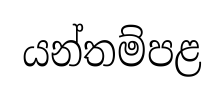
යන්තම්පළ